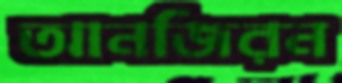
আনজিরন